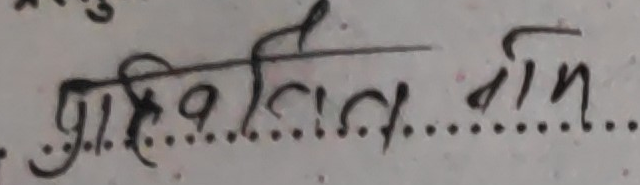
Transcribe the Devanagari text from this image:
प्रतिबन्धित गरिन